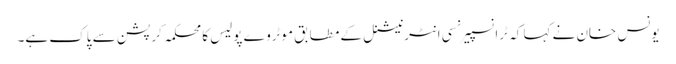
یونس خان نے کہا کہ ٹرانسپیرنسی انٹرنیشنل کے مطابق موٹروے پولیس کا محکمہ کرپشن سے پاک ہے۔